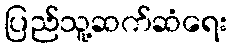
ပြည်သူ့ဆက်ဆံရေး